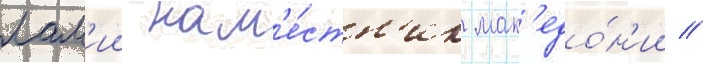
лам'ии нам'е́стн'ик мак'едо́н'ии //